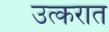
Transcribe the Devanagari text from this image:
उत्करात